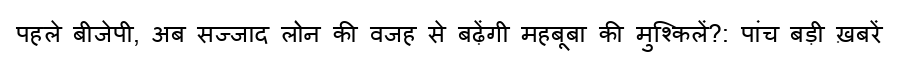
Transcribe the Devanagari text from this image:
पहले बीजेपी, अब सज्जाद लोन की वजह से बढ़ेंगी महबूबा की मुश्किलें?: पांच बड़ी ख़बरें